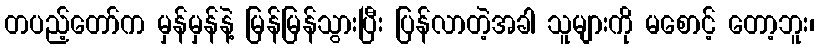
တပည့်တော်က မှန်မှန်နဲ့ မြန်မြန်သွားပြီး ပြန်လာတဲ့အခါ သူများကို မစောင့် တော့ဘူး၊